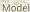
Model